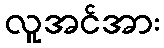
လူအင်အား